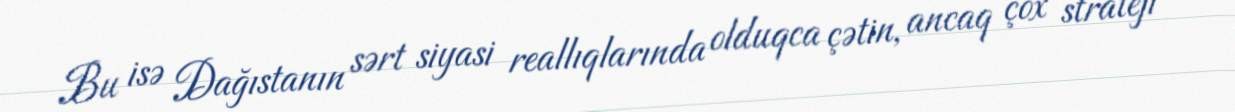
Bu isə Dağıstanın sərt siyasi reallıqlarında olduqca çətin, ancaq çox strateji